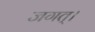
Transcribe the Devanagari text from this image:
जगत्‌।